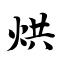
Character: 烘